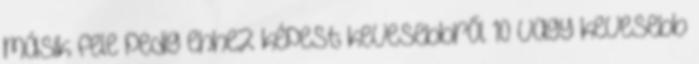
másik fele pedig ehhez képest kevesebbről 10 vagy kevesebb